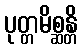
ပုတ္တမိစ္ဆန္တိ